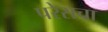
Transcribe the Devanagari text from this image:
परेराचा